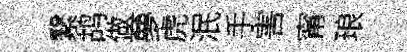
繄鸪做夣虎泯手害甯琅